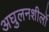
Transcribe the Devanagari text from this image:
अघुलनशीलों